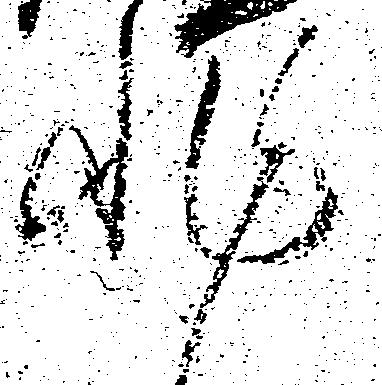
非